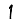
Digit: 1